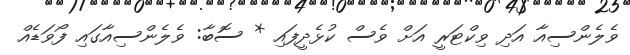
ވެލެންސިއާ އަދި ވިކްޓަރީ އަށް ވެސް ކުޅެދީފައި * ސޮބާ: ވެލެންސިއާގައި ފޯވަޑެއް